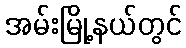
အမ်းမြို့နယ်တွင်